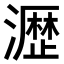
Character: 𤁋